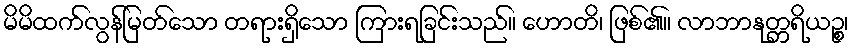
မိမိထက်လွန်မြတ်သော တရားရှိသော ကြားရခြင်းသည်။ ဟောတိ၊ ဖြစ်၏။ လာဘာနုတ္တရိယဉ္စ၊